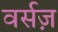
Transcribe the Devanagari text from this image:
वर्सज़